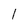
Character: 1